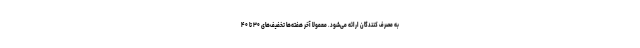
به مصرف کنندگان ارائه می‌شود. معمولا آخر هفته‌ها تخفیف‌های ۳۰ تا ۴۰